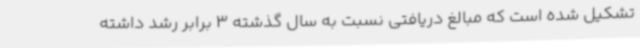
تشکیل شده است که مبالغ دریافتی نسبت به سال گذشته 3 برابر رشد داشته